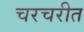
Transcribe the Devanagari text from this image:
चरचरीत